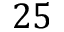
2 5